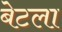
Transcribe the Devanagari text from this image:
बेटला